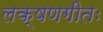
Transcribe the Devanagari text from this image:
लक्षणगीतः